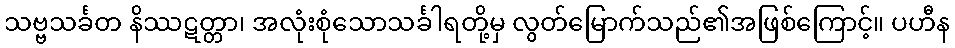
သဗ္ဗသင်္ခတ နိဿဋတ္တာ၊ အလုံးစုံသောသင်္ခါရတို့မှ လွတ်မြောက်သည်၏အဖြစ်ကြောင့်။ ပဟီန